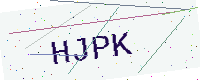
Text: HJPK